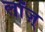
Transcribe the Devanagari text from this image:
लॉज़्